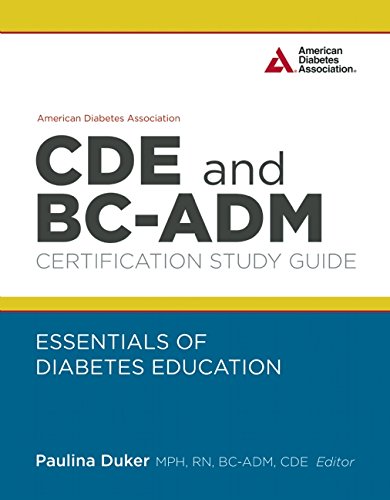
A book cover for American Diabetes Association CDE and BC-ADM Certification Study Guide: Essentials of Diabetes Education; Health, Fitness & Dieting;